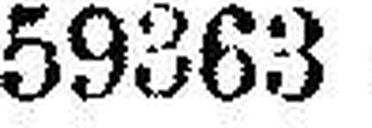
59363